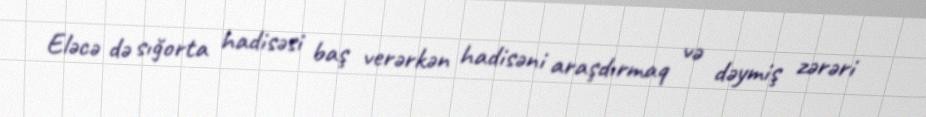
Eləcə də sığorta hadisəsi baş verərkən hadisəni araşdırmaq və dəymiş zərəri